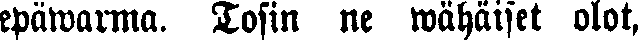
epäwarma. Tosin ne wähäiset olot,